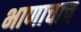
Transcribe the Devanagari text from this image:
भाणाचाच